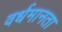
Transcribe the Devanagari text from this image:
वर्धमानता